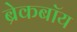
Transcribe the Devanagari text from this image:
ब्रेकबॉय